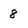
Character: 8